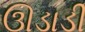
ઊડાડી